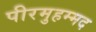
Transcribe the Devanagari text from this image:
पीरमुहम्मद